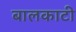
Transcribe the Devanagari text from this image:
बालकाटी